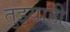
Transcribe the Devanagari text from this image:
तुझ्याही